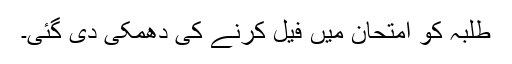
طلبہ کو امتحان میں فیل کرنے کی دھمکی دی گئی۔